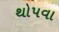
થોપવા